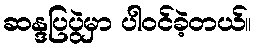
ဆန္ဒပြပွဲမှာ ပါဝင်ခဲ့တယ်။